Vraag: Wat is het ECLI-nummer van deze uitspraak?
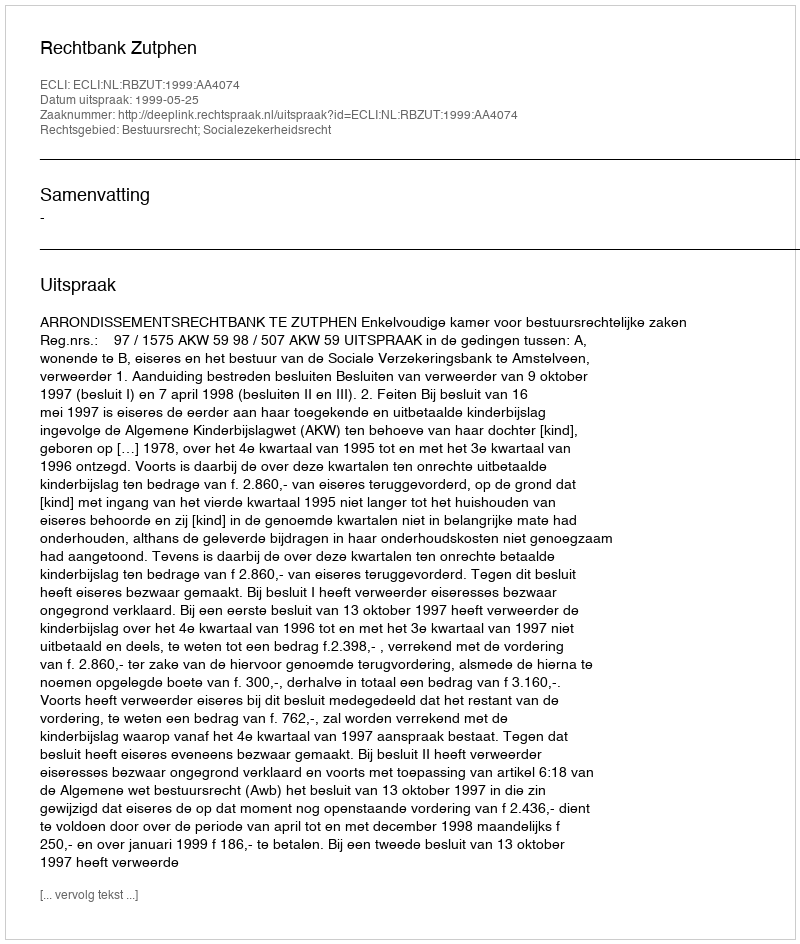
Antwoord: ECLI:NL:RBZUT:1999:AA4074